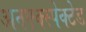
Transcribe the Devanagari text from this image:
अनएक्स्पेक्टेड